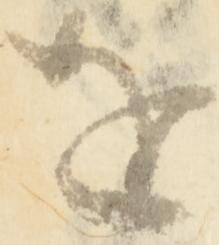
を